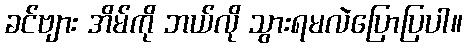
ခင်ဗျား အိမ်ကို ဘယ်လို သွားရမလဲပြောပြပါ။